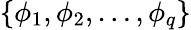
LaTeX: \{ \phi_{1},\phi_{2},\dots,\phi_{q}\}